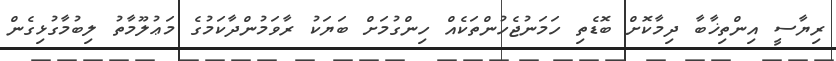
ރިޔާސީ އިންތިޚާބާ ދިމާކޮށް ބޮޑެތި ހަމަނުޖެހުންތަކެއް ހިންގުމަށް ބަޔަކު ރާވަމުންދާކަމުގެ މަޢުލޫމާތު ލިބުމާގުޅިގެން